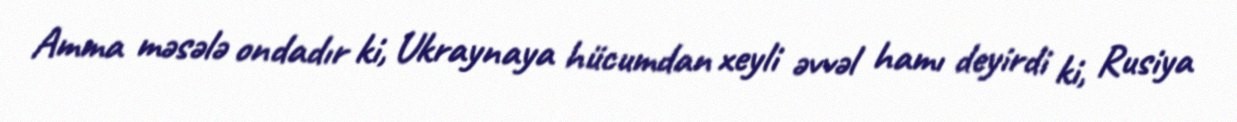
Amma məsələ ondadır ki, Ukraynaya hücumdan xeyli əvvəl hamı deyirdi ki, Rusiya